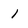
Character: 1